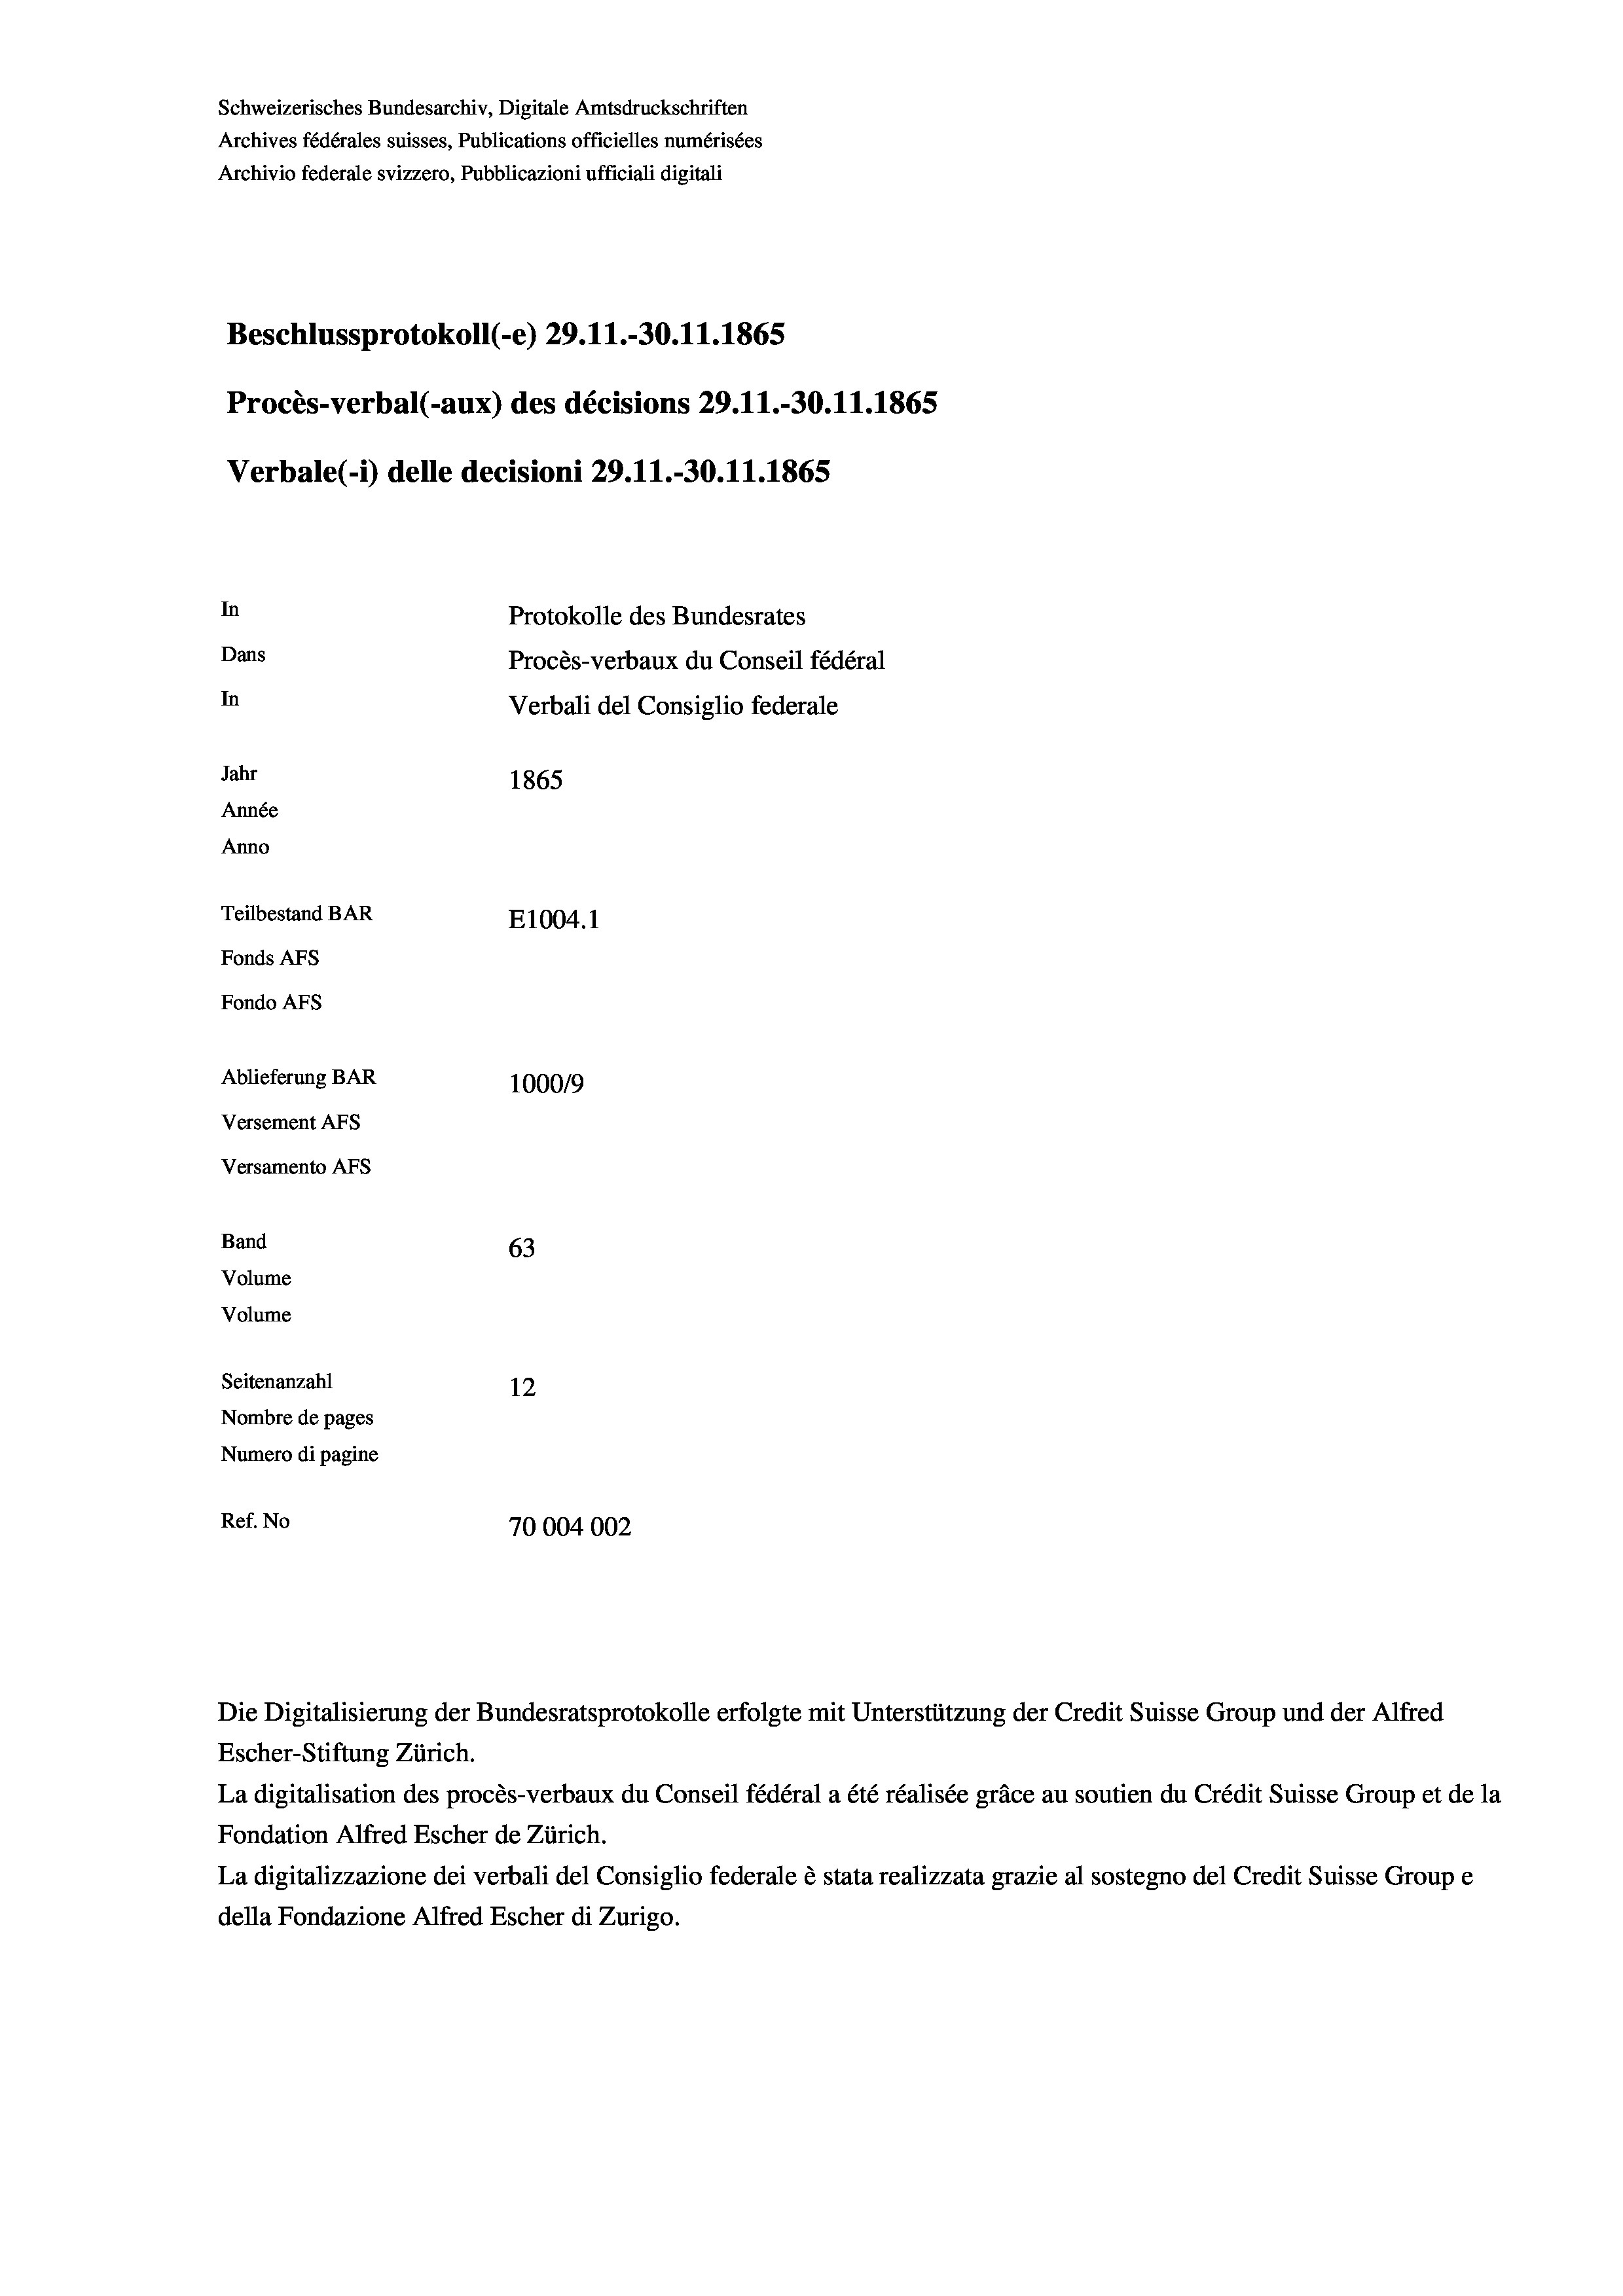
Schweizerisches Bundesarchiv, Digitale Amtsdruckschriften
Archives fédérales suisses, Publications officielles numérisées
Archivio federale svizzero, Pubblicazioni ufficiali digitali
Beschlussprotokoll (-e) 29. 11.-30.11.1865
Procès-verbal (-aux) des décisions 29.11.-30.11.1865
Verbale(-*) delle decisioni 29. 11.-30.11.1865
In
Protokolle des Bundesrates
Dans
Procès-verbaux du Conseil fédéral
In
Verbali del Consiglio federale
Jahr
1865
Année
Anno
Teilbestand BAR
E1004.1
Fonds AFs
Fondo AFs
Ablieferung BAR
100019
Versement AFs
Versamento Afs
Band
63
Volume
Volume
Seitenanzahl
12
Nombre de pages
Numero di pagine
Ref. No
70004002

Escher-Stiftung Zürich.
La digitalisation des procès-verbaux du Conseil fédéral a été réalisée gräce au soutien du Crédit Suisse Group et de la
Fondation Alfred Escher de Zürich.
La digitalizzazione dei verbali del Consiglio federale è stata realizzata grazie al sostegno del Credit Suisse Groupe
della Fondazione Alfred Escher di Zurigo.

Die Digitalisierung der Bundesratsprotokolle erfolgte mit Unterstützung der Credit Suisse Group und der Alfred